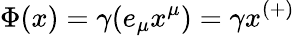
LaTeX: \Phi(x)=\gamma(e_{\mu}x^{\mu})=\gamma x^{(+)}